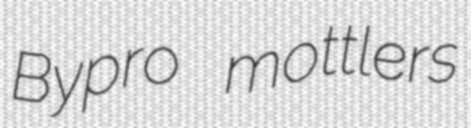
Bypro mottlers